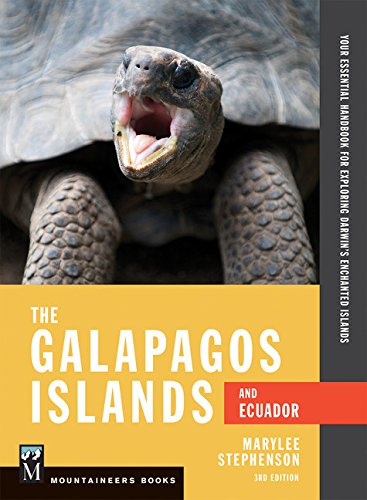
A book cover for Galapagos Islands & Ecuador: Your Essential Handbook for Exploring Darwin's Enchanted Islands; Marylee Stephenson; Travel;